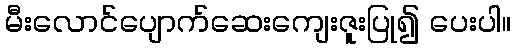
မီးလောင်ပျောက်ဆေးကျေးဇူးပြု၍ ပေးပါ။